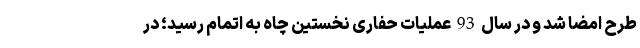
طرح امضا شد و در سال 93 عملیات حفاری نخستین چاه به اتمام رسید؛ در